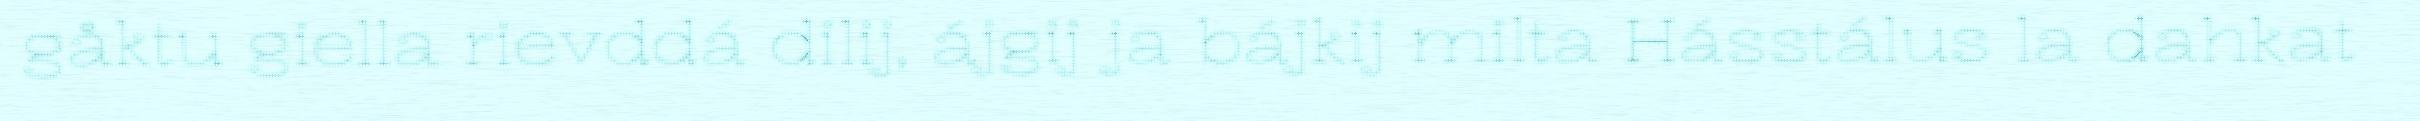
gåktu giella rievddá dilij, ájgij ja bájkij milta Hásstálus la dahkat